Civil Veterinary Department. Madras. Admin. report 1926-33 - 1926-1933
Year: 1926
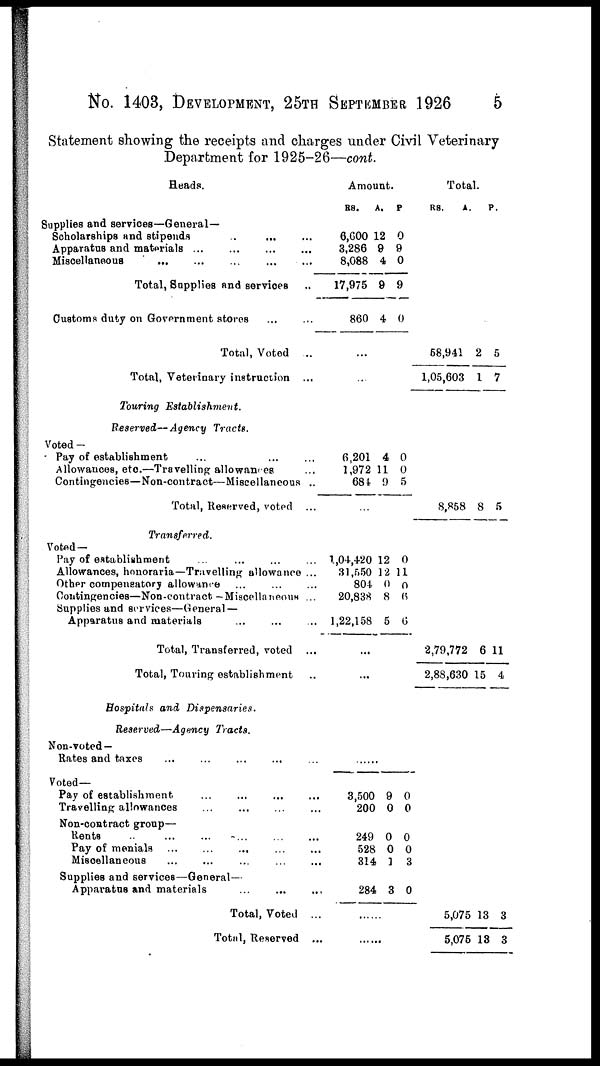
No. 1403, DEVELOPMENT, 25TH SEPTEMBER 1926
5
Statement showing the receipts and charges under Civil Veterinary
Department for 1925-26—cont.
Heads.
Supplies and services—General—
Scholarships and stipends
.. ... ...
Apparatus and materials
...
...
...
...
...
Miscellaneous
...
...
...
...
Total, Supplies and services
..
Customs duty on Government stores
Total, Voted ...
Total, Veterinary instruction ...
Touring
Establishment.
Reserved—Agency
Tracts.
Voted-
Pay of establishment
...
...
...
Allowances, etc.—Travelling allowances ...
Contingencies—Non-contract—Miscellaneous ..
Total, Reserved, voted ...
Transferred.
Voted—
Pay of establishment ... ... ... ...
Allowances, honoraria—Travelling allowance ...
Other compensatory allowance
...
...
...
Contingencies—Non-contract -Miscellaneous ...
Supplies and services—General —
Apparatus and materials
...
...
...
Total, Transferred, voted ...
Total, Touring establishment
Hospitals and Dispensaries.
Reserved—Agency Tracts.
Non-voted—
Rates and taxes
...
...
...
Voted—
Pay of establishment
...
...
Travelling allowances
...
...
...
...
Non-contract group—
Rents .. ... ... ... ...
Pay of menials
...
...
...
Miscellaneous
...
...
...
Supplies and services—General—
Apparatus and materials
Total, Voted ...
Total, Reserved ...
Amount.
RS.
6,600
3,286
8,088
17,975
860
A.
12
9
4
9
4
P.
0
9
0
9
0
...
...
6,201
1,972
684
4
11
9
0
0
5
...
1,04,420
31,550
804
20,838
1,22,158
12
12
0
8
5
0
11
0
6
0
...
...
3,500
200
249
528
314
284
9
0
0
0
1
3
0
0
0
0
3
0
Total.
RS.
58,941
1,05,603
8,858
2,79,772
2,88,630
5,075
5,075
A.
2
1
8
6
15
18
18
P.
5
7
5
11
4
3
3